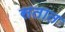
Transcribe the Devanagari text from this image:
सतात